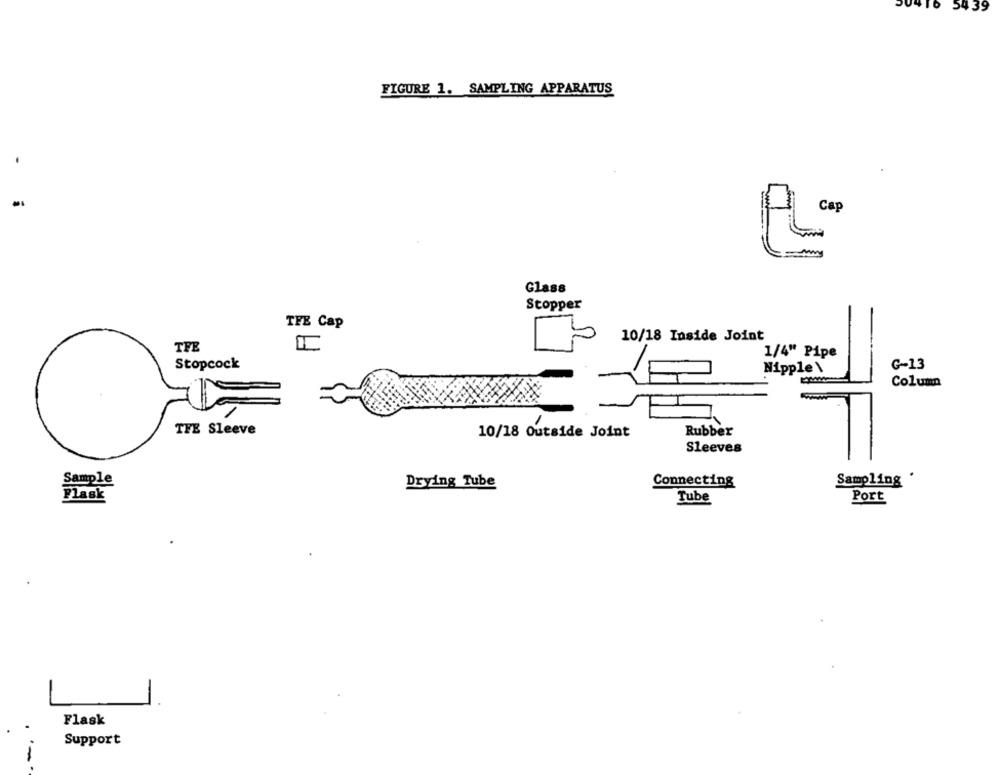
54 39
FIGURE 1. SAMPLING APPARATUS
Glass
Stopper
TFE Cap
10/18 Inside Joint
TFE
1/4" Pipe
Stopcock
G-13
Nipple \
Column
-
THE Sleeve
10/18 Outside Joint
Rubber
Sleeves
Sampling .
Sample
Drying Tube
Connecting
Flask
Tube
Port
Flask
Support
·-